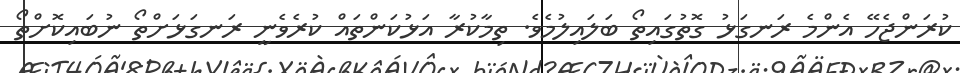
ކުރަންޖެހޭ އެންމެ ރަނގަޅު ގޮތުގައިތޯ ބަލައިލުމެވެ. ތިމާކުރާ އަޅުކަންތައް ކުރެވެނީ ރަނގަޅަށްތޯ ނުބައިކޮށްތޯ